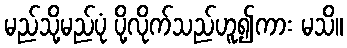
မည်သို့မည်ပုံ ပို့လိုက်သည်ဟူ၍ကား မသိ။